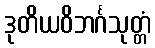
ဒုတိယဝိဘင်္ဂသုတ္တံ